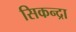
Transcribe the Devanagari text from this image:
सिकन्द्रा